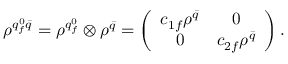
\rho ^ { q _ { f } ^ { 0 } { \bar { q } } } = \rho ^ { q _ { f } ^ { 0 } } \otimes \rho ^ { \bar { q } } = \left( \begin{array} { c c } { { c _ { 1 f } \rho ^ { \bar { q } } } } & { { 0 } } \\ { { 0 } } & { { c _ { 2 f } \rho ^ { \bar { q } } } } \end{array} \right) .